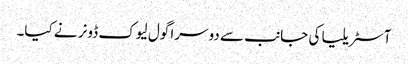
آسٹریلیا کی جانب سے دوسرا گول لیوک ڈونر نے کیا۔